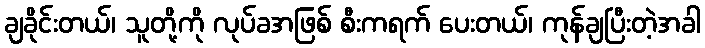
ချခိုင်းတယ်၊ သူတို့ကို လုပ်ခအဖြစ် စီးကရက် ပေးတယ်၊ ကုန်ချပြီးတဲ့အခါ